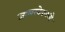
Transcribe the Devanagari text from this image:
जामखेडमध्ये